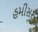
હમીસર